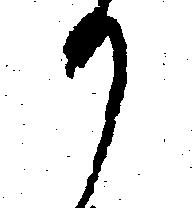
か